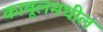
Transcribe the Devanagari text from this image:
काबूलमधील